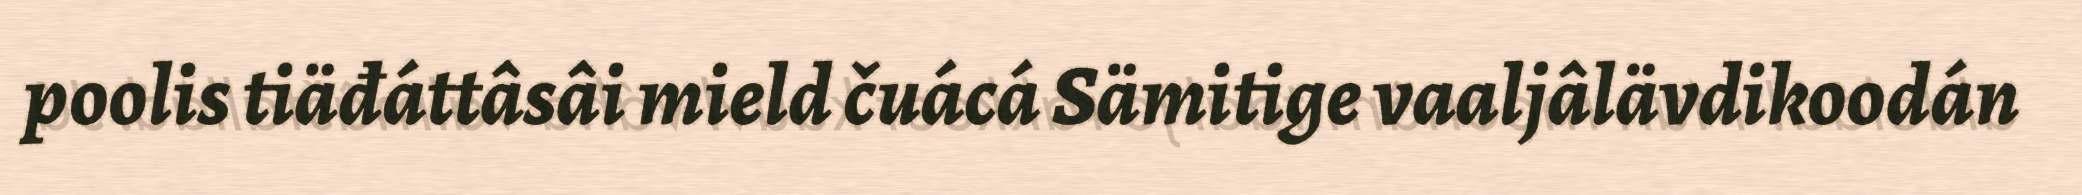
poolis tiäđáttâsâi mield čuácá Sämitige vaaljâlävdikoodán